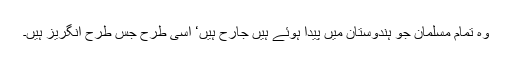
وہ تمام مسلمان جو ہندوستان میں پیدا ہوئے ہیں جارح ہیں‘ اسی طرح جس طرح انگریز ہیں۔